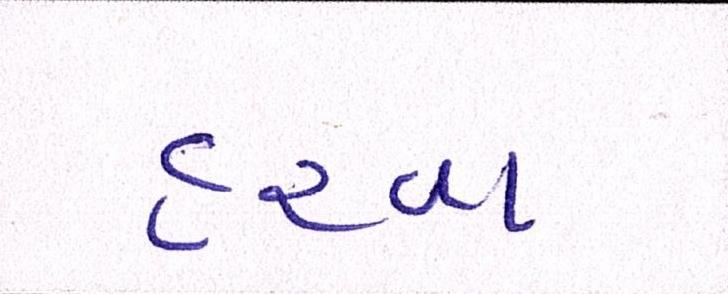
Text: હરવા